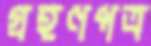
গ্রহণপত্র